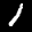
Label: 1